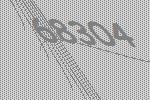
68304